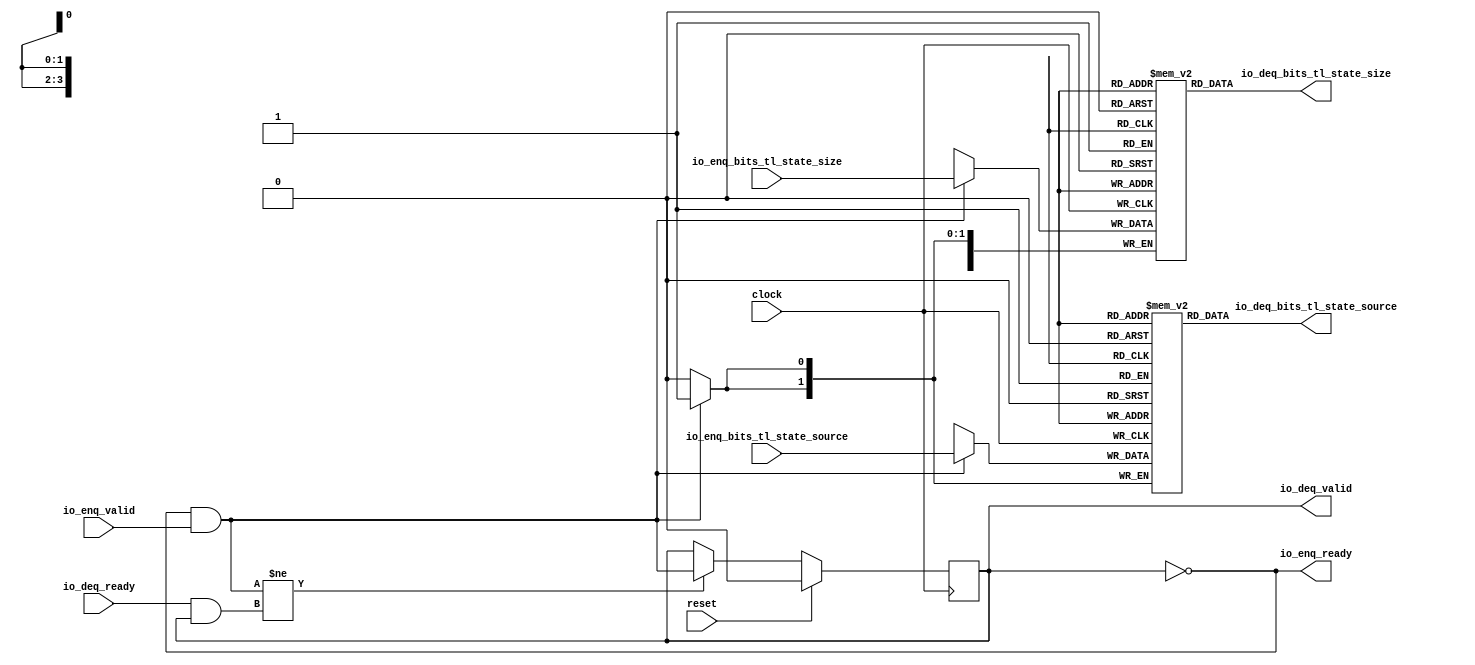
module QueueCompatibility_14( // @[:freechips.rocketchip.system.DefaultRV32Config.fir@71534.2]
  input        clock, // @[:freechips.rocketchip.system.DefaultRV32Config.fir@71535.4]
  input        reset, // @[:freechips.rocketchip.system.DefaultRV32Config.fir@71536.4]
  output       io_enq_ready, // @[:freechips.rocketchip.system.DefaultRV32Config.fir@71537.4]
  input        io_enq_valid, // @[:freechips.rocketchip.system.DefaultRV32Config.fir@71537.4]
  input  [3:0] io_enq_bits_tl_state_size, // @[:freechips.rocketchip.system.DefaultRV32Config.fir@71537.4]
  input  [1:0] io_enq_bits_tl_state_source, // @[:freechips.rocketchip.system.DefaultRV32Config.fir@71537.4]
  input        io_deq_ready, // @[:freechips.rocketchip.system.DefaultRV32Config.fir@71537.4]
  output       io_deq_valid, // @[:freechips.rocketchip.system.DefaultRV32Config.fir@71537.4]
  output [3:0] io_deq_bits_tl_state_size, // @[:freechips.rocketchip.system.DefaultRV32Config.fir@71537.4]
  output [1:0] io_deq_bits_tl_state_source // @[:freechips.rocketchip.system.DefaultRV32Config.fir@71537.4]
);
`ifdef RANDOMIZE_MEM_INIT
  reg [31:0] _RAND_0;
  reg [31:0] _RAND_1;
`endif // RANDOMIZE_MEM_INIT
`ifdef RANDOMIZE_REG_INIT
  reg [31:0] _RAND_2;
`endif // RANDOMIZE_REG_INIT
  reg [3:0] ram_tl_state_size [0:0]; // @[Decoupled.scala 209:16:freechips.rocketchip.system.DefaultRV32Config.fir@71542.4]
  wire [3:0] ram_tl_state_size__T_7_data; // @[Decoupled.scala 209:16:freechips.rocketchip.system.DefaultRV32Config.fir@71542.4]
  wire  ram_tl_state_size__T_7_addr; // @[Decoupled.scala 209:16:freechips.rocketchip.system.DefaultRV32Config.fir@71542.4]
  wire [3:0] ram_tl_state_size__T_3_data; // @[Decoupled.scala 209:16:freechips.rocketchip.system.DefaultRV32Config.fir@71542.4]
  wire  ram_tl_state_size__T_3_addr; // @[Decoupled.scala 209:16:freechips.rocketchip.system.DefaultRV32Config.fir@71542.4]
  wire  ram_tl_state_size__T_3_mask; // @[Decoupled.scala 209:16:freechips.rocketchip.system.DefaultRV32Config.fir@71542.4]
  wire  ram_tl_state_size__T_3_en; // @[Decoupled.scala 209:16:freechips.rocketchip.system.DefaultRV32Config.fir@71542.4]
  reg [1:0] ram_tl_state_source [0:0]; // @[Decoupled.scala 209:16:freechips.rocketchip.system.DefaultRV32Config.fir@71542.4]
  wire [1:0] ram_tl_state_source__T_7_data; // @[Decoupled.scala 209:16:freechips.rocketchip.system.DefaultRV32Config.fir@71542.4]
  wire  ram_tl_state_source__T_7_addr; // @[Decoupled.scala 209:16:freechips.rocketchip.system.DefaultRV32Config.fir@71542.4]
  wire [1:0] ram_tl_state_source__T_3_data; // @[Decoupled.scala 209:16:freechips.rocketchip.system.DefaultRV32Config.fir@71542.4]
  wire  ram_tl_state_source__T_3_addr; // @[Decoupled.scala 209:16:freechips.rocketchip.system.DefaultRV32Config.fir@71542.4]
  wire  ram_tl_state_source__T_3_mask; // @[Decoupled.scala 209:16:freechips.rocketchip.system.DefaultRV32Config.fir@71542.4]
  wire  ram_tl_state_source__T_3_en; // @[Decoupled.scala 209:16:freechips.rocketchip.system.DefaultRV32Config.fir@71542.4]
  reg  maybe_full; // @[Decoupled.scala 212:27:freechips.rocketchip.system.DefaultRV32Config.fir@71543.4]
  wire  empty; // @[Decoupled.scala 215:28:freechips.rocketchip.system.DefaultRV32Config.fir@71545.4]
  wire  do_enq; // @[Decoupled.scala 40:37:freechips.rocketchip.system.DefaultRV32Config.fir@71548.4]
  wire  do_deq; // @[Decoupled.scala 40:37:freechips.rocketchip.system.DefaultRV32Config.fir@71552.4]
  wire  _T_4; // @[Decoupled.scala 227:16:freechips.rocketchip.system.DefaultRV32Config.fir@71562.4]
  assign ram_tl_state_size__T_7_addr = 1'h0;
  assign ram_tl_state_size__T_7_data = ram_tl_state_size[ram_tl_state_size__T_7_addr]; // @[Decoupled.scala 209:16:freechips.rocketchip.system.DefaultRV32Config.fir@71542.4]
  assign ram_tl_state_size__T_3_data = io_enq_bits_tl_state_size;
  assign ram_tl_state_size__T_3_addr = 1'h0;
  assign ram_tl_state_size__T_3_mask = 1'h1;
  assign ram_tl_state_size__T_3_en = io_enq_ready & io_enq_valid;
  assign ram_tl_state_source__T_7_addr = 1'h0;
  assign ram_tl_state_source__T_7_data = ram_tl_state_source[ram_tl_state_source__T_7_addr]; // @[Decoupled.scala 209:16:freechips.rocketchip.system.DefaultRV32Config.fir@71542.4]
  assign ram_tl_state_source__T_3_data = io_enq_bits_tl_state_source;
  assign ram_tl_state_source__T_3_addr = 1'h0;
  assign ram_tl_state_source__T_3_mask = 1'h1;
  assign ram_tl_state_source__T_3_en = io_enq_ready & io_enq_valid;
  assign empty = ~maybe_full; // @[Decoupled.scala 215:28:freechips.rocketchip.system.DefaultRV32Config.fir@71545.4]
  assign do_enq = io_enq_ready & io_enq_valid; // @[Decoupled.scala 40:37:freechips.rocketchip.system.DefaultRV32Config.fir@71548.4]
  assign do_deq = io_deq_ready & io_deq_valid; // @[Decoupled.scala 40:37:freechips.rocketchip.system.DefaultRV32Config.fir@71552.4]
  assign _T_4 = do_enq != do_deq; // @[Decoupled.scala 227:16:freechips.rocketchip.system.DefaultRV32Config.fir@71562.4]
  assign io_enq_ready = ~maybe_full; // @[Decoupled.scala 232:16:freechips.rocketchip.system.DefaultRV32Config.fir@71569.4]
  assign io_deq_valid = ~empty; // @[Decoupled.scala 231:16:freechips.rocketchip.system.DefaultRV32Config.fir@71567.4]
  assign io_deq_bits_tl_state_size = ram_tl_state_size__T_7_data; // @[Decoupled.scala 233:15:freechips.rocketchip.system.DefaultRV32Config.fir@71571.4]
  assign io_deq_bits_tl_state_source = ram_tl_state_source__T_7_data; // @[Decoupled.scala 233:15:freechips.rocketchip.system.DefaultRV32Config.fir@71571.4]
`ifdef RANDOMIZE_GARBAGE_ASSIGN
`define RANDOMIZE
`endif
`ifdef RANDOMIZE_INVALID_ASSIGN
`define RANDOMIZE
`endif
`ifdef RANDOMIZE_REG_INIT
`define RANDOMIZE
`endif
`ifdef RANDOMIZE_MEM_INIT
`define RANDOMIZE
`endif
`ifndef RANDOM
`define RANDOM $random
`endif
`ifdef RANDOMIZE_MEM_INIT
  integer initvar;
`endif
`ifndef SYNTHESIS
`ifdef FIRRTL_BEFORE_INITIAL
`FIRRTL_BEFORE_INITIAL
`endif
initial begin
  `ifdef RANDOMIZE
    `ifdef INIT_RANDOM
      `INIT_RANDOM
    `endif
    `ifndef VERILATOR
      `ifdef RANDOMIZE_DELAY
        #`RANDOMIZE_DELAY begin end
      `else
        #0.002 begin end
      `endif
    `endif
`ifdef RANDOMIZE_MEM_INIT
  _RAND_0 = {1{`RANDOM}};
  for (initvar = 0; initvar < 1; initvar = initvar+1)
    ram_tl_state_size[initvar] = _RAND_0[3:0];
  _RAND_1 = {1{`RANDOM}};
  for (initvar = 0; initvar < 1; initvar = initvar+1)
    ram_tl_state_source[initvar] = _RAND_1[1:0];
`endif // RANDOMIZE_MEM_INIT
`ifdef RANDOMIZE_REG_INIT
  _RAND_2 = {1{`RANDOM}};
  maybe_full = _RAND_2[0:0];
`endif // RANDOMIZE_REG_INIT
  `endif // RANDOMIZE
end // initial
`ifdef FIRRTL_AFTER_INITIAL
`FIRRTL_AFTER_INITIAL
`endif
`endif // SYNTHESIS
  always @(posedge clock) begin
    if(ram_tl_state_size__T_3_en & ram_tl_state_size__T_3_mask) begin
      ram_tl_state_size[ram_tl_state_size__T_3_addr] <= ram_tl_state_size__T_3_data; // @[Decoupled.scala 209:16:freechips.rocketchip.system.DefaultRV32Config.fir@71542.4]
    end
    if(ram_tl_state_source__T_3_en & ram_tl_state_source__T_3_mask) begin
      ram_tl_state_source[ram_tl_state_source__T_3_addr] <= ram_tl_state_source__T_3_data; // @[Decoupled.scala 209:16:freechips.rocketchip.system.DefaultRV32Config.fir@71542.4]
    end
    if (reset) begin
      maybe_full <= 1'h0;
    end else if (_T_4) begin
      maybe_full <= do_enq;
    end
  end
endmodule